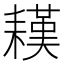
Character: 䎯